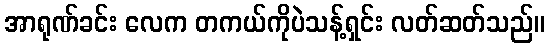
အာရုဏ်ခင်း လေက တကယ်ကိုပဲသန့်ရှင်း လတ်ဆတ်သည်။